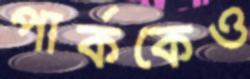
পার্ককেও